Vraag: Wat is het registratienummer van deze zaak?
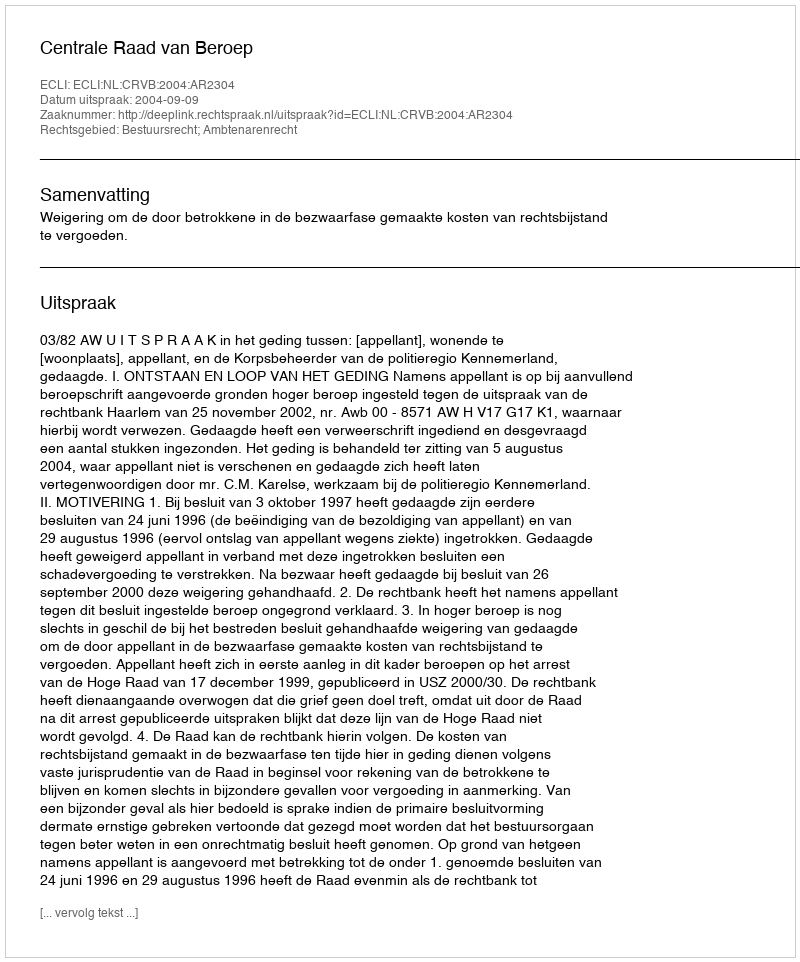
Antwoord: http://deeplink.rechtspraak.nl/uitspraak?id=ECLI:NL:CRVB:2004:AR2304